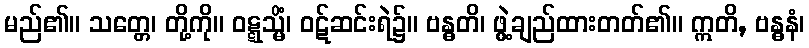
မည်၏။ သတ္တေ၊ တို့ကို။ ဝဋ္ဋသ္မိံ၊ ဝဋ်ဆင်းရဲ၌။ ဗန္ဓတိ၊ ဖွဲ့ချည်ထားတတ်၏။ ဣတိ, ဗန္ဓနံ၊